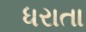
ધરાતા